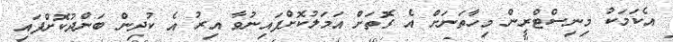
އެކަމަކު މިނިސްޓްރީން މިހާތަނަށް އެ ގޮތަށް އަމަލުކޮށްފައިނުވާ އިރު އެ ކުދިން ބަންދުކޮށްފައި